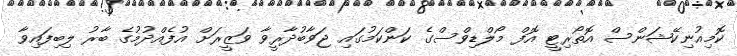
ކޮމިއުނިކޭޝަންސް އޮތޯރިޓީ އޮފް މޯލްޑިވްސްގެ ކަންކަމުގައި ޖަވާބުދާރީވާ ވަޒީރަށް އުފެއްދުމުގެ ބާރު ލިބިފައިވާ